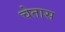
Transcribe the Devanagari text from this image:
चेतास